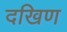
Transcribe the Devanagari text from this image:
दखिण